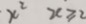
x ^ { 2 } x \geq 2